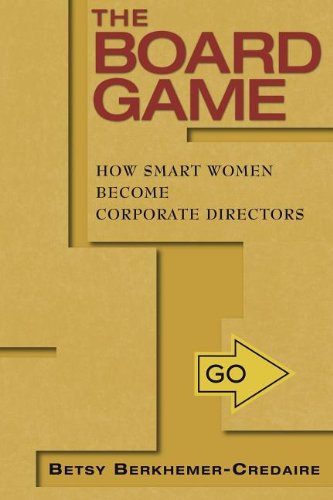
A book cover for The Board Game: How Smart Women Become Corporate Directors; Betsy Berkhemer-Credaire; Business & Money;